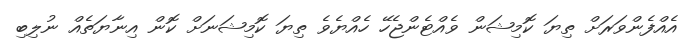
އެއްފެންވަރަށް ތިޔަ ކޮމިޝަން ވެއްޓެންޖެހޭ ހެއްޔެވެ ތިޔަ ކޮމިޝަނަށް ކޮން އިނާޔަތެއް ނުލިބި